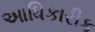
આધિકારીક